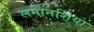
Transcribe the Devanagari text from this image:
लमानशिया